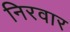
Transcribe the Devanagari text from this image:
निरवार